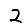
Digit: 2